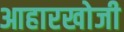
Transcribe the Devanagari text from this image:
आहारखोजी